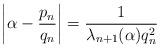
LaTeX: \begin{align*}\biggl|\alpha -\frac{p_n}{q_n}\biggr|=\frac{1}{\lambda_{n+1}(\alpha)q_n^2}\end{align*}